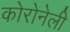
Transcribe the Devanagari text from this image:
कोरोनेली